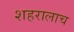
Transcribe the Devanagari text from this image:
शहरालाच